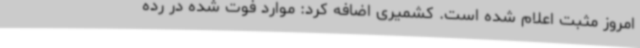
امروز مثبت اعلام‌ شده است. کشمیری اضافه کرد: موارد فوت شده در رده